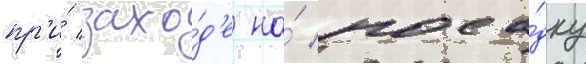
пр'и́ захо́д'е на́ поса́дку